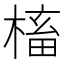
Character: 槒